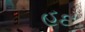
હદ